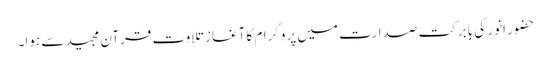
حضور انور کی بابرکت صدارت میں پروگرام کا آغاز تلاوت قرآن مجید سے ہوا۔